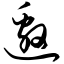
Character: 邀